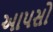
આપસો